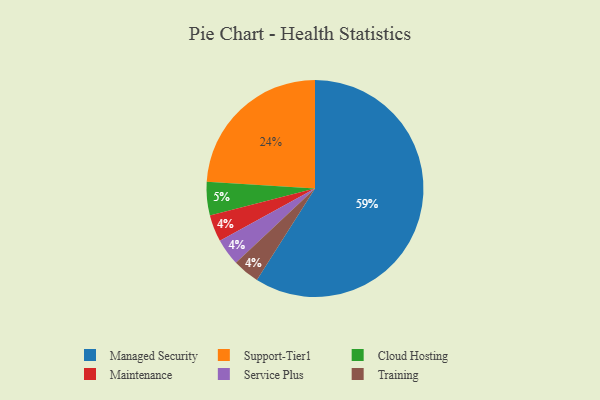
{"axis": {"x": "Category", "y": "Percentage"}, "legend": ["Cloud Hosting", "Maintenance", "Managed Security", "Service Plus", "Support-Tier1", "Training"], "data": [{"x": "Maintenance", "y": 4, "type": "Maintenance"}, {"x": "Service Plus", "y": 4, "type": "Service Plus"}, {"x": "Cloud Hosting", "y": 5, "type": "Cloud Hosting"}, {"x": "Managed Security", "y": 59, "type": "Managed Security"}, {"x": "Support-Tier1", "y": 24, "type": "Support-Tier1"}, {"x": "Training", "y": 4, "type": "Training"}]}